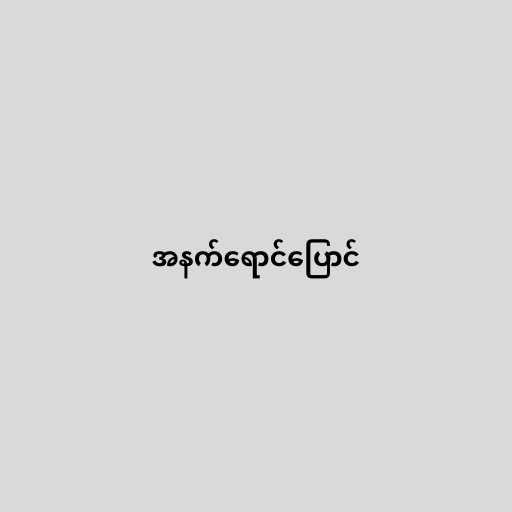
အနက်ရောင်ပြောင်